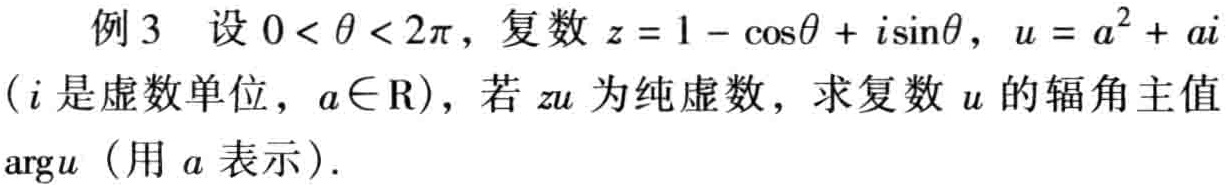
例3 设\(0 < \theta < 2\pi\)，复数\(z = 1 - \cos\theta + i\sin\theta\)，\(u = a^{2}+ ai\)（\(i\)是虚数单位，\(a\in\mathrm{R}\)），若\(zu\)为纯虚数，求复数\(u\)的辐角主值\(\mathrm{arg}u\)（用\(a\)表示）.